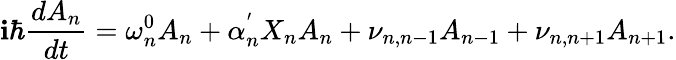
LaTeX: \mathbf{i}\hbar\frac{{dA_{n}}}{{dt}}=\omega_{n}^{0}A_{n}+\alpha_{n}^{'}X_{n}A_{n}+\nu_{n,n-1}A_{n-1}+\nu_{n,n+1}A_{n+1}.